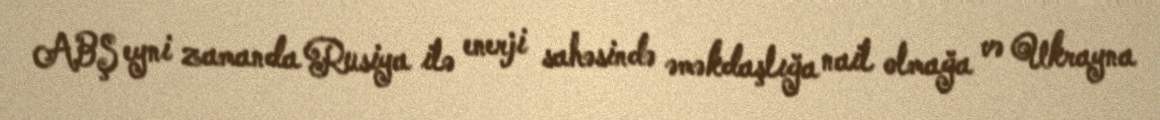
ABŞ eyni zamanda Rusiya ilə enerji sahəsində əməkdaşlığa nail olmağa və Ukrayna